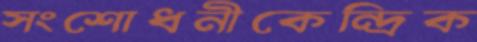
সংশোধনীকেন্দ্রিক